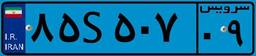
۸۵S۵۰۷۰۹